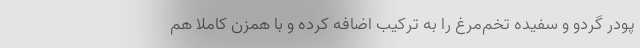
پودر گردو و سفیده تخم‌مرغ را به ترکیب اضافه کرده و با همزن کاملا هم